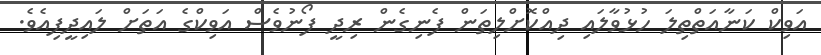
އަވިކް ކަނާއަތްތިލަ ހުޅުވާލައި ދިއްކޮށްލިތަން ފެނިގެން ރިދީ ފޯނުވެސް އަވިކްގެ އަތަށް ލައިދީފިއެވެ.